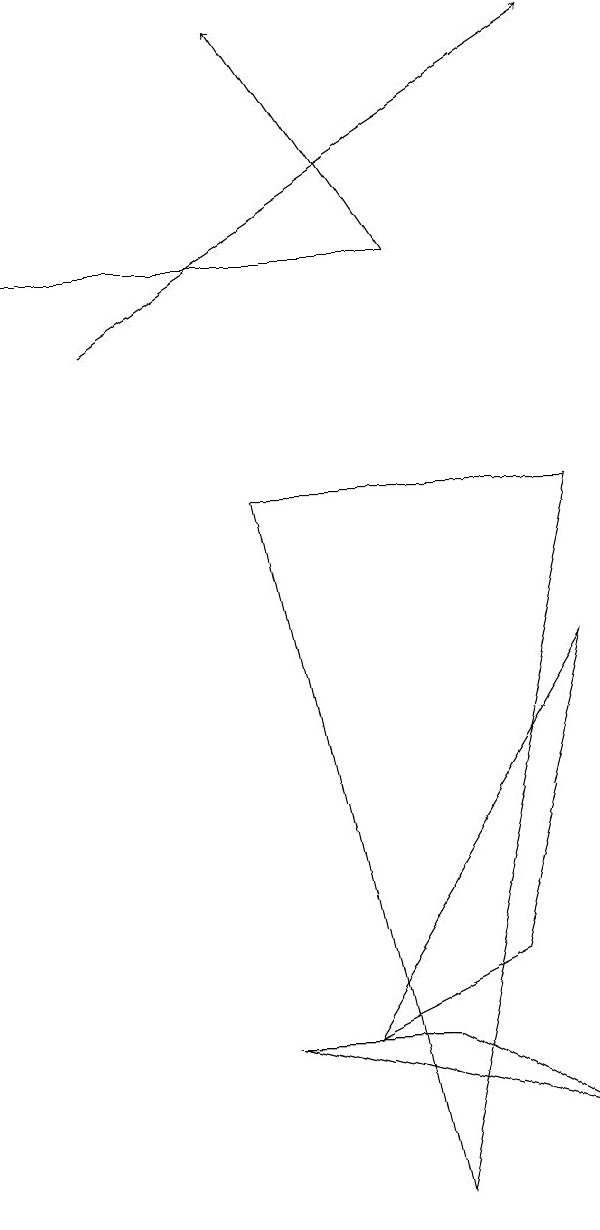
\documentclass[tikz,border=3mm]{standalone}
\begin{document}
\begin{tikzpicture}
\draw (9,1) -- (7,2) -- (5,2) -- cycle;
\draw[->] (7,12) -- (5,15);
\draw (7,12) rectangle (2,12);
\draw[->] (3,11) -- (9,15);
\draw (9,7) -- (8,3) -- (6,2) -- cycle;
\draw (5,9) -- (9,9) -- (7,0) -- cycle;
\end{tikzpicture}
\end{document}